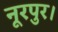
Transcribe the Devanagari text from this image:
नूरपुर।